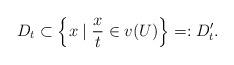
LaTeX: \begin{align*}D_t \subset \left\{x \mid \frac{x}{t}\in v(U)\right\}=:D_t^\prime .\end{align*}